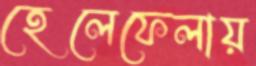
হেলেফেলায়